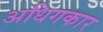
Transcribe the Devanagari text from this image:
अधिगकार